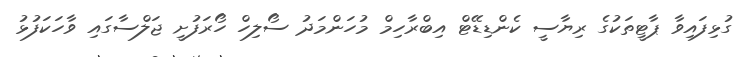
ގުޅިފައިވާ ޕާޓީތަކުގެ ރިޔާސީ ކެންޑިޑޭޓް އިބްރާހިމް މުހަންމަދު ސޯލިހް ހޯރަފުށީ ޖަލްސާގައި ވާހަކަފުޅު